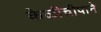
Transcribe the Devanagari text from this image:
केळीचीपाने